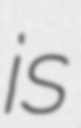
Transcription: is